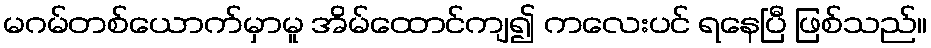
မဂမ်တစ်ယောက်မှာမူ အိမ်ထောင်ကျ၍ ကလေးပင် ရနေပြီ ဖြစ်သည်။